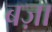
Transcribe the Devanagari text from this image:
बज़ा